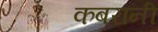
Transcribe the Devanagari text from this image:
कबरानी